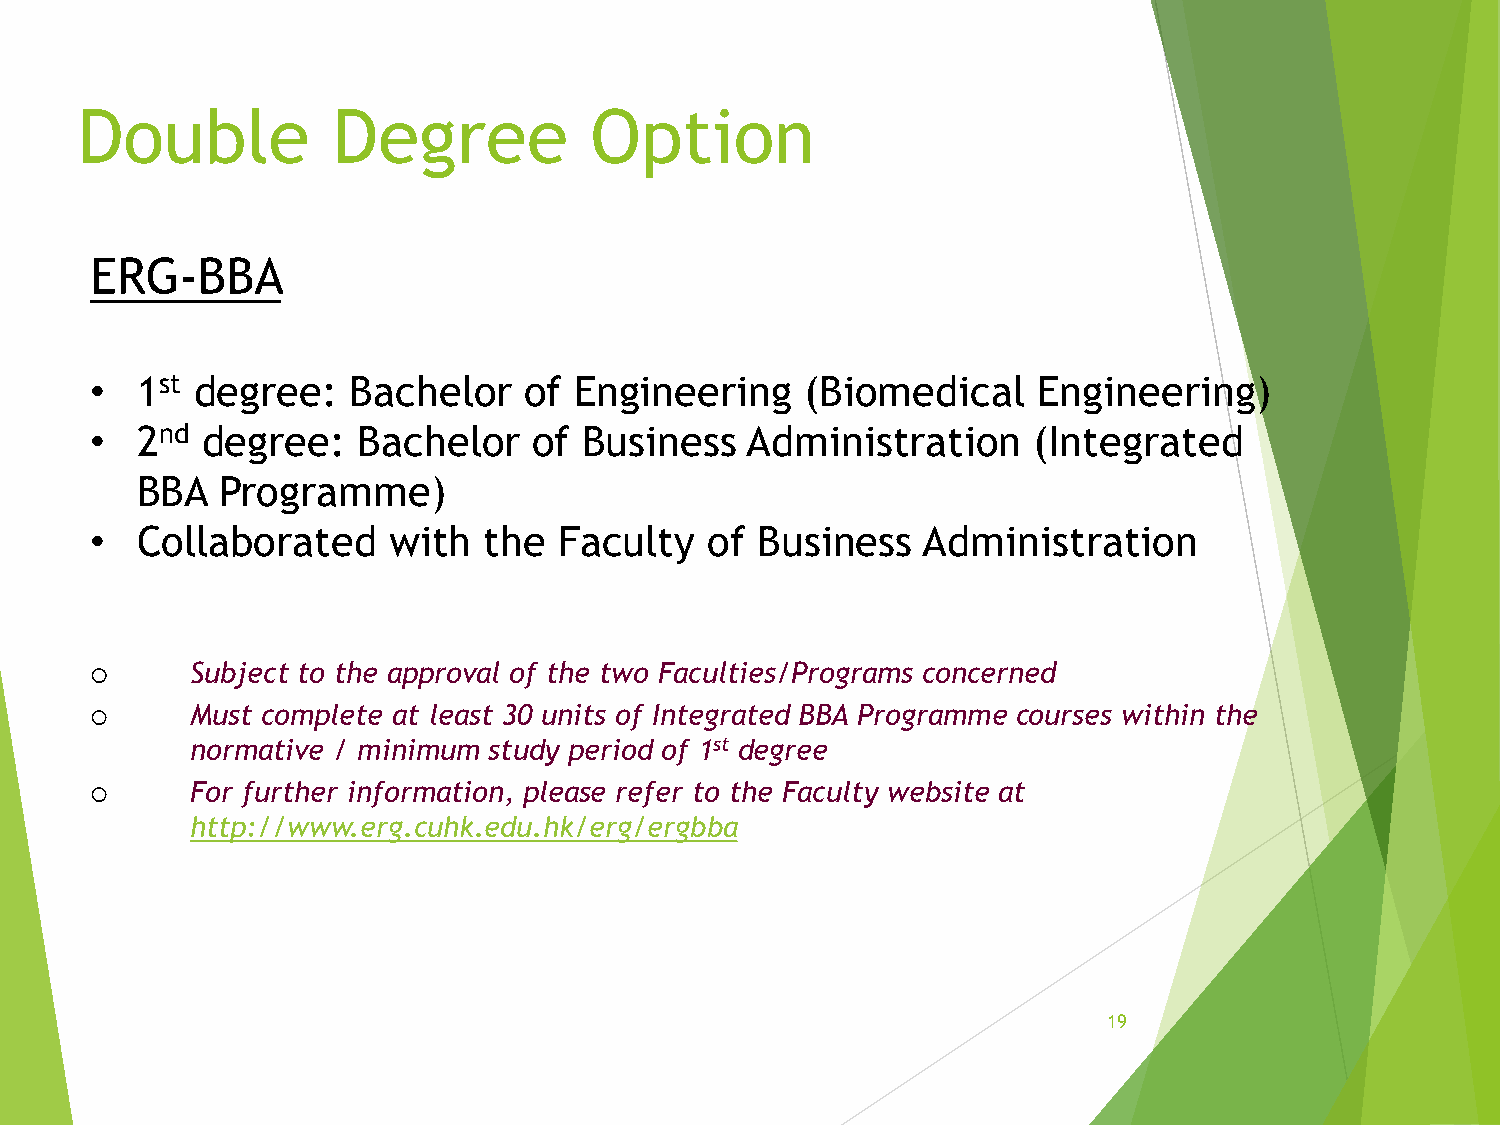
Double           Degree           Option
 ERG-BBA
 •  1st degree:   Bachelor    of Engineering    (Biomedical     Engineering)
 •  2nd degree:    Bachelor   of  Business  Administration     (Integrated
 BBA   Programme)
 •  Collaborated     with  the  Faculty   of Business   Administration
 Subject to the approval of the two Faculties/Programs concerned
 
 Must complete at least 30 units of Integrated BBA Programme courses within the
 
 normative / minimum study period of 1st degree
 For further information, please refer to the Faculty website at
 
 http://www.erg.cuhk.edu.hk/erg/ergbba
 19